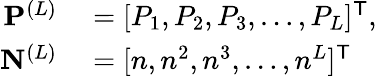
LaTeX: \begin{array}{rl}{\mathbf P^{(L)}}&{{}=[P_{1},P_{2},P_{3},\ldots,P_{L}]^{\mathsf T},}\\ {\mathbf N^{(L)}}&{{}=[n,n^{2},n^{3},\ldots,n^{L}]^{\mathsf T}}\end{array}